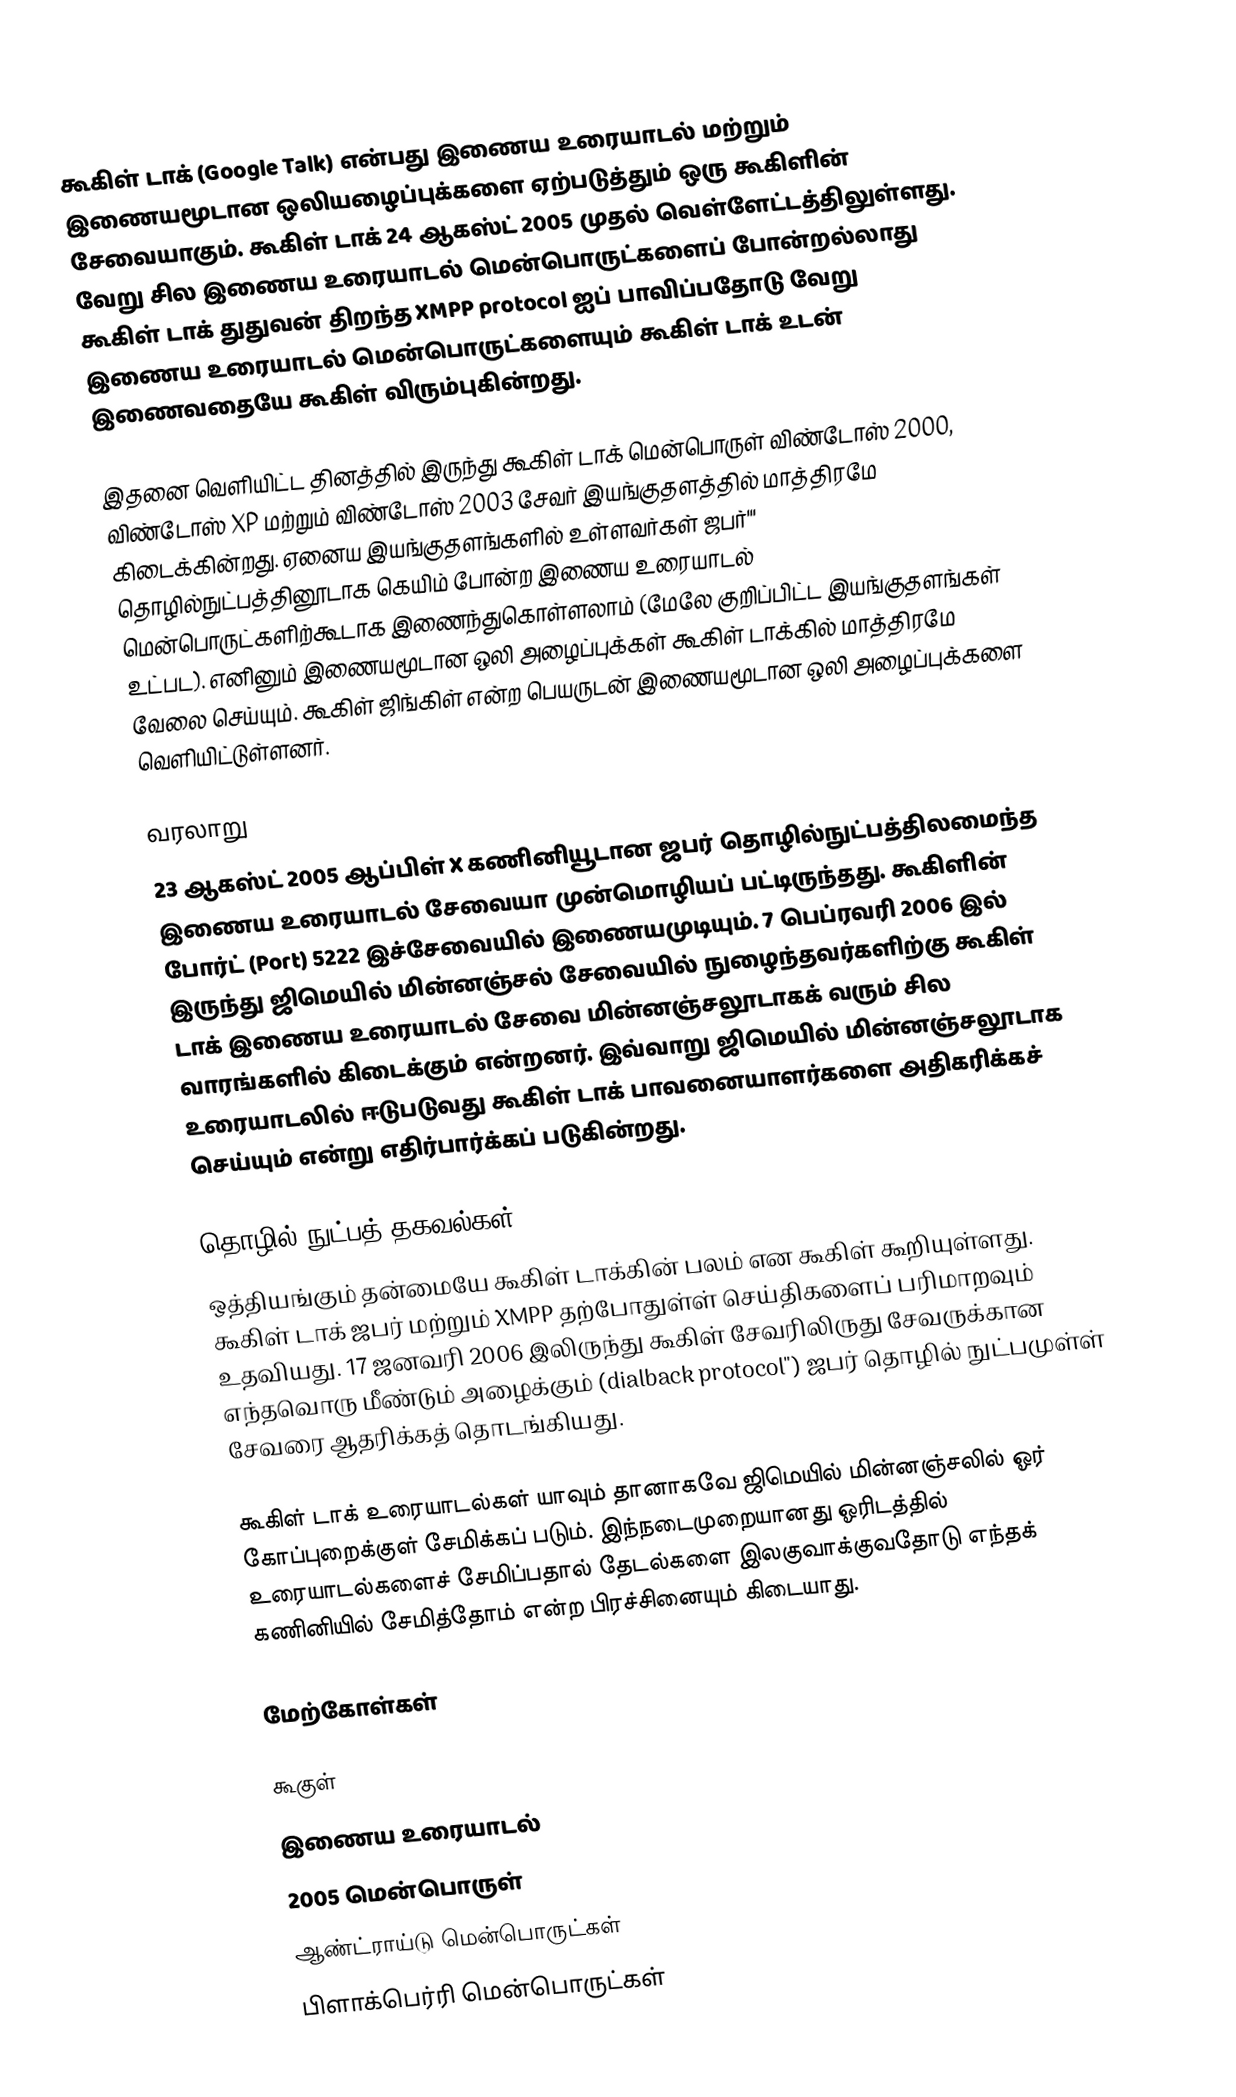
கூகிள் டாக் (Google Talk) என்பது இணைய உரையாடல் மற்றும் இணையமூடான ஒலியழைப்புக்களை ஏற்படுத்தும் ஒரு கூகிளின் சேவையாகும். கூகிள் டாக் 24 ஆகஸ்ட் 2005 முதல் வெள்ளேட்டத்திலுள்ளது. வேறு சில இணைய உரையாடல் மென்பொருட்களைப் போன்றல்லாது கூகிள் டாக் துதுவன் திறந்த XMPP protocol ஐப் பாவிப்பதோடு வேறு இணைய உரையாடல் மென்பொருட்களையும் கூகிள் டாக் உடன் இணைவதையே கூகிள் விரும்புகின்றது.

இதனை வெளியிட்ட தினத்தில் இருந்து கூகிள் டாக் மென்பொருள் விண்டோஸ் 2000, விண்டோஸ் XP மற்றும் விண்டோஸ் 2003 சேவர் இயங்குதளத்தில் மாத்திரமே கிடைக்கின்றது. ஏனைய இயங்குதளங்களில் உள்ளவர்கள் ஜபர்''' தொழில்நுட்பத்தினூடாக கெயிம் போன்ற இணைய உரையாடல் மென்பொருட்களிற்கூடாக இணைந்துகொள்ளலாம் (மேலே குறிப்பிட்ட இயங்குதளங்கள் உட்பட). எனினும் இணையமூடான ஒலி அழைப்புக்கள் கூகிள் டாக்கில் மாத்திரமே வேலை செய்யும். கூகிள் ஜிங்கிள் என்ற பெயருடன் இணையமூடான ஒலி அழைப்புக்களை வெளியிட்டுள்ளனர்.

 வரலாறு
23 ஆகஸ்ட் 2005 ஆப்பிள் X கணினியூடான ஜபர் தொழில்நுட்பத்திலமைந்த இணைய உரையாடல் சேவையா முன்மொழியப் பட்டிருந்தது. கூகிளின் போர்ட் (Port) 5222 இச்சேவையில் இணையமுடியும். 7 பெப்ரவரி 2006 இல் இருந்து ஜிமெயில் மின்னஞ்சல் சேவையில் நுழைந்தவர்களிற்கு கூகிள் டாக் இணைய உரையாடல் சேவை மின்னஞ்சலூடாகக் வரும் சில வாரங்களில் கிடைக்கும் என்றனர். இவ்வாறு ஜிமெயில் மின்னஞ்சலூடாக உரையாடலில் ஈடுபடுவது கூகிள் டாக் பாவனையாளர்களை அதிகரிக்கச் செய்யும் என்று எதிர்பார்க்கப் படுகின்றது.

 தொழில் நுட்பத் தகவல்கள்
ஒத்தியங்கும் தன்மையே கூகிள் டாக்கின் பலம் என கூகிள் கூறியுள்ளது. கூகிள் டாக் ஜபர் மற்றும் XMPP தற்போதுள்ள் செய்திகளைப் பரிமாறவும் உதவியது. 17 ஜனவரி 2006 இலிருந்து கூகிள் சேவரிலிருது சேவருக்கான எந்தவொரு மீண்டும் அழைக்கும் (dialback protocol'') ஜபர் தொழில் நுட்பமுள்ள் சேவரை ஆதரிக்கத் தொடங்கியது.

கூகிள் டாக் உரையாடல்கள் யாவும் தானாகவே ஜிமெயில் மின்னஞ்சலில் ஓர் கோப்புறைக்குள் சேமிக்கப் படும். இந்நடைமுறையானது ஓரிடத்தில் உரையாடல்களைச் சேமிப்பதால் தேடல்களை இலகுவாக்குவதோடு எந்தக் கணினியில் சேமித்தோம் என்ற பிரச்சினையும் கிடையாது.

மேற்கோள்கள்

கூகுள்
இணைய உரையாடல்
2005 மென்பொருள்
ஆண்ட்ராய்டு மென்பொருட்கள்
பிளாக்பெர்ரி மென்பொருட்கள்